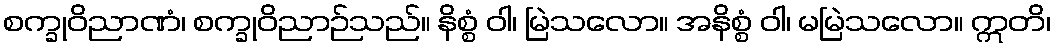
စက္ခုဝိညာဏံ၊ စက္ခုဝိညာဉ်သည်။ နိစ္စံ ဝါ၊ မြဲသလော။ အနိစ္စံ ဝါ၊ မမြဲသလော။ ဣတိ၊